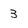
Character: 3